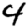
Digit: 4